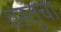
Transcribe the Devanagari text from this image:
वस्तुचा